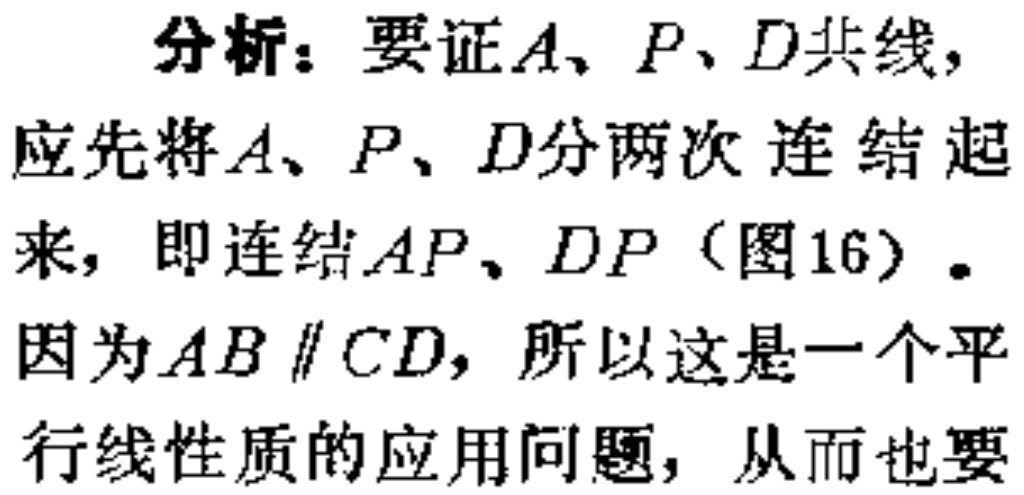
分析：要证\(A、P、D\)共线，
应先将\(A、P、D\)分两次 连结起
来，即连结\(AP、DP\)（图16）。
因为\(AB \parallel CD\)，所以这是一个平
行线性质的应用问题，从而也要